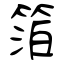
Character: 箔